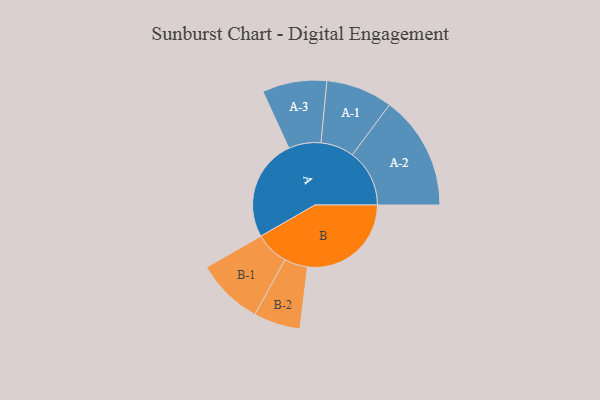
{"axis": {"x": "Segment", "y": "Value"}, "legend": ["", "A", "B"], "data": [{"x": "A", "y": 446, "type": ""}, {"x": "B", "y": 454, "type": ""}, {"x": "A-1", "y": 146, "type": "A"}, {"x": "A-2", "y": 250, "type": "A"}, {"x": "A-3", "y": 141, "type": "A"}, {"x": "B-1", "y": 147, "type": "B"}, {"x": "B-2", "y": 102, "type": "B"}]}